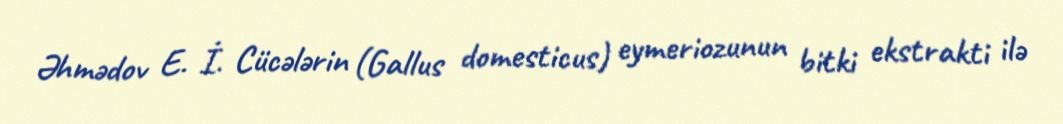
Əhmədov E. İ. Cücələrin (Gallus domesticus) eymeriozunun bitki ekstrakti ilə